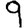
Digit: 9